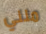
منني